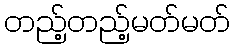
တည့်တည့်မတ်မတ်